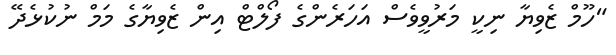
"ހޫމް ޒެވިޔާ ނިކީ މަރުވީވެސް އަހަރެންގެ ފޯލްޓް އިން ޒެވިޔާގެ މަމް ނުކުޅެދޭ